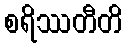
စရိဿတီတိ